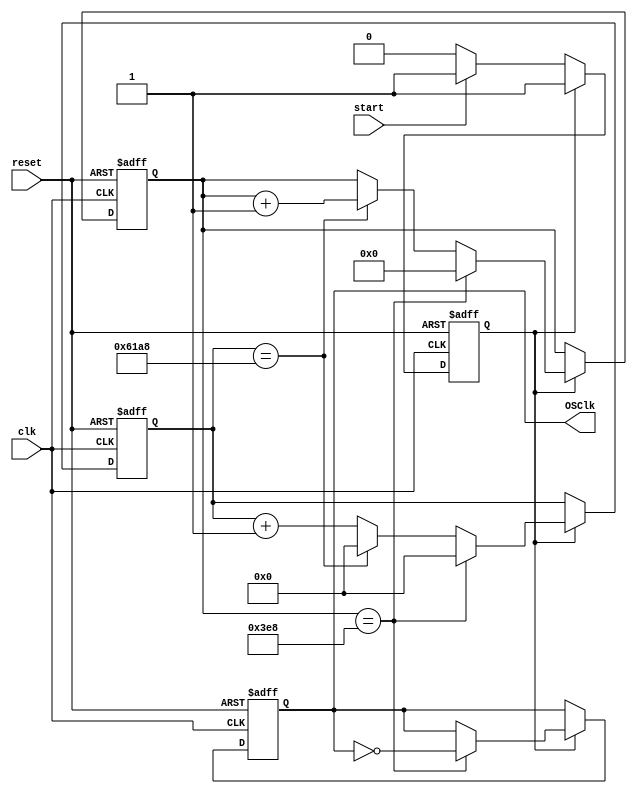
`timescale 1ns / 1ps
//////////////////////////////////////////////////////////////////////////////////
// Company: 
// Engineer: 
// 
// Design Name: 
// Module Name: OneSecondClk
// Project Name: 
// Target Devices: 
// Tool Versions: 
// Description: 
// 
// Dependencies: 
// 
// Revision:
// Revision 0.01 - File Created
// Additional Comments:
// 
//////////////////////////////////////////////////////////////////////////////////


module OneSecondClk(
    input reset,
    input start,
    input clk,
    output reg OSClk
    );
    
    parameter par1=1000,par2=25000;
    reg [10:0] par1_counter;
    reg [16:0] par2_counter;
    reg start_internal;
    always @(posedge clk,negedge reset)
    begin
     if(!reset)
      begin
       par1_counter<=0;
       par2_counter<=0;
       OSClk<=0;
       start_internal<=0;
      end
      else if(start_internal)
       begin
        if(par1_counter==par1)
         begin
          OSClk<=~OSClk;
          par1_counter<=0;
          par2_counter<=0;
         end
        else if(par2_counter==par2)
         begin
          par1_counter<=par1_counter+1;
          par2_counter<=0;
         end 
        else
         begin
          par2_counter<=par2_counter+1;
         end 
       end
      else if (start)
       begin
         start_internal<=1;
       end 
    end
endmodule